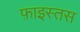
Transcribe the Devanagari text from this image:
फ़ाइस्तस